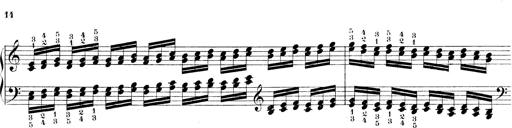
Title: Technische Studien
Composer: Franz Liszt